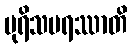
ပုရိသပရဿာတိ